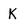
Character: K